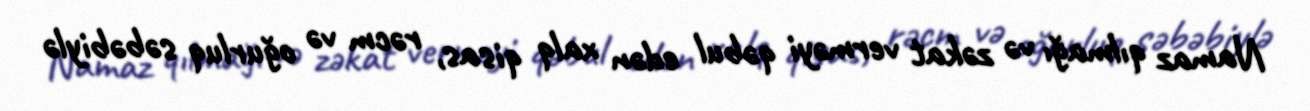
Namaz qılmağı və zəkat verməyi qəbul edən xalq qisas, rəcm və oğurluq səbəbiylə